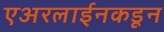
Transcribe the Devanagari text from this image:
एअरलाईनकडून